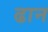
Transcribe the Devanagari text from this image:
ढान